Indian journal of veterinary science and animal husbandry - Volume 13,
Year: 1943
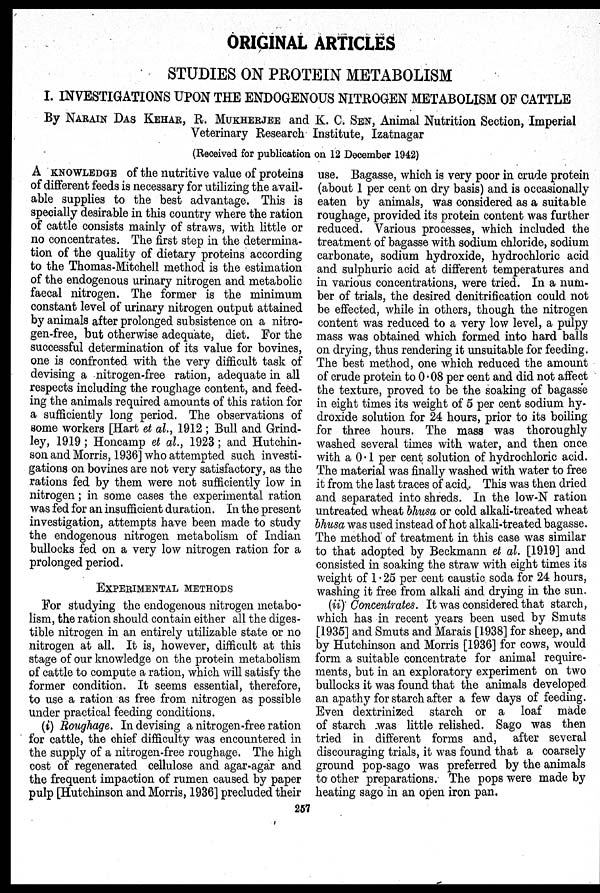
ORIGINAL ARTICLES
STUDIES ON PROTEIN METABOLISM
I. INVESTIGATIONS UPON THE ENDOGENOUS NITROGEN METABOLISM OF CATTLE
By NARAIN DAS KEHAR, R. MUKHERJEE and K. C. SEN, Animal Nutrition Section, Imperial
Veterinary Research Institute, Izatnagar
(Received for publication on 12 December 1942)
A KNOWLEDGE of the nutritive value of proteins
of different feeds is necessary for utilizing the avail-
able supplies to the best advantage. This is
specially desirable in this country where the ration
of cattle consists mainly of straws, with little or
no concentrates. The first step in the determina-
tion of the quality of dietary proteins according
to the Thomas-Mitchell method is the estimation
of the endogenous urinary nitrogen and metabolic
faecal nitrogen. The former is the minimum
constant level of urinary nitrogen output attained
by animals after prolonged subsistence on a nitro-
gen-free, but otherwise adequate, diet. For the
successful determination of its value for bovines,
one is confronted with the very difficult task of
devising a nitrogen-free ration, adequate in all
respects including the roughage content, and feed-
ing the animals required amounts of this ration for
a sufficiently long period. The observations of
some workers [Hart et al., 1912; Bull and Grind-
ley, 1919; Honcamp et al., 1923; and Hutchin-
son and Morris, 1936] who attempted such investi-
gations on bovines are not very satisfactory, as the
rations fed by them were not sufficiently low in
nitrogen; in some cases the experimental ration
was fed for an insufficient duration. In the present
investigation, attempts have been made to study
the endogenous nitrogen metabolism of Indian
bullocks fed on a very low nitrogen ration for a
prolonged period.
EXPERIMENTAL METHODS
For studying the endogenous nitrogen metabo-
lism, the ration should contain either all the diges-
tible nitrogen in an entirely utilizable state or no
nitrogen at all. It is, however, difficult at this
stage of our knowledge on the protein metabolism
of cattle to compute a ration, which will satisfy the
former condition. It seems essential, therefore,
to use a ration as free from nitrogen as possible
under practical feeding conditions.
(i) Roughage. In devising a nitrogen-free ration
for cattle, the chief difficulty was encountered in
the supply of a nitrogen-free roughage. The high
cost of regenerated cellulose and agar-agar and
the frequent impaction of rumen caused by paper
pulp [Hutchinson and Morris, 1936] precluded their
use. Bagasse, which is very poor in crude protein
(about 1 per cent on dry basis) and is occasionally
eaten by animals, was considered as a suitable
roughage, provided its protein content was further
reduced. Various processes, which included the
treatment of bagasse with sodium chloride, sodium
carbonate, sodium hydroxide, hydrochloric acid
and sulphuric acid at different temperatures and
in various concentrations, were tried. In a num-
ber of trials, the desired denitrification could not
be effected, while in others, though the nitrogen
content was reduced to a very low level, a pulpy
mass was obtained which formed into hard balls
on drying, thus rendering it unsuitable for feeding.
The best method, one which reduced the amount
of crude protein to 0.08 per cent and did not affect
the texture, proved to be the soaking of bagasse
in eight times its weight of 5 per cent sodium hy-
droxide solution for 24 hours, prior to its boiling
for three hours. The mass was thoroughly
washed several times with water, and then once
with a 0.1 per cent solution of hydrochloric acid.
The material was finally washed with water to free
it from the last traces of acid. This was then dried
and separated into shreds. In the low-N ration
untreated wheat bhusa or cold alkali-treated wheat
bhusa was used instead of hot alkali-treated bagasse.
The method of treatment in this case was similar
to that adopted by Beckmann et al. [1919] and
consisted in soaking the straw with eight times its
weight of 1.25 per cent caustic soda for 24 hours,
washing it free from alkali and drying in the sun.
(ii) Concentrates. It was considered that starch,
which has in recent years been used by Smuts
[1935] and Smuts and Marais [1938] for sheep, and
by Hutchinson and Morris [1936] for cows, would
form a suitable concentrate for animal require-
ments, but in an exploratory experiment on two
bullocks it was found that the animals developed
an apathy for starch after a few days of feeding.
Even dextrinized starch or a loaf made
of starch was little relished. Sago was then
tried in different forms and, after several
discouraging trials, it was found that a coarsely
ground pop-sago was preferred by the animals
to other preparations. The pops were made by
heating sago in an open iron pan.
257